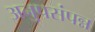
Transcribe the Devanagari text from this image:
अनुपसंपन्न